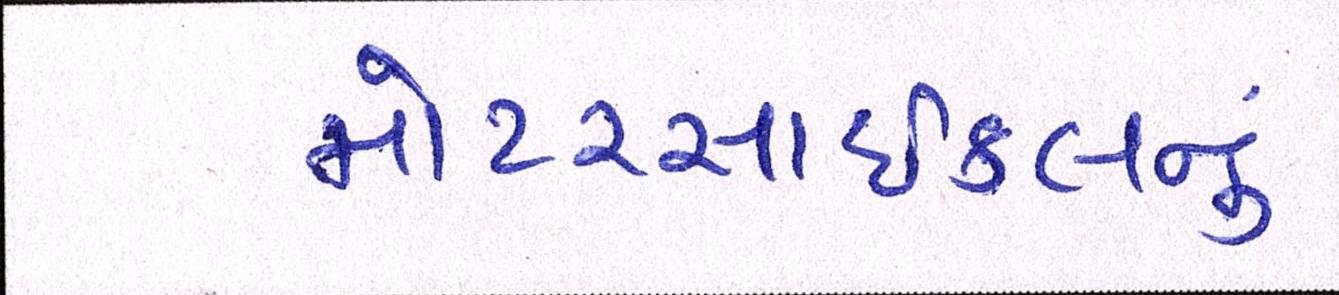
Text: મોટરસાઇકલનું